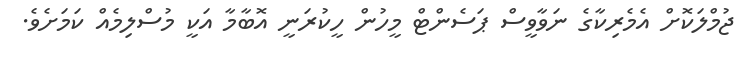
ޖުމްލަކޮށް އެމެރިކާގެ ނަވާވީސް ޕަސެންޓް މީހުން ހީކުރަނީ އޮބާމާ އަކީ މުސްލިމެއް ކަމަށެވެ.